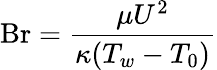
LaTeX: \mathrm{Br}={\frac{\mu U^{2}}{\kappa(T_{w}-T_{0})}}